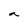
Character: a